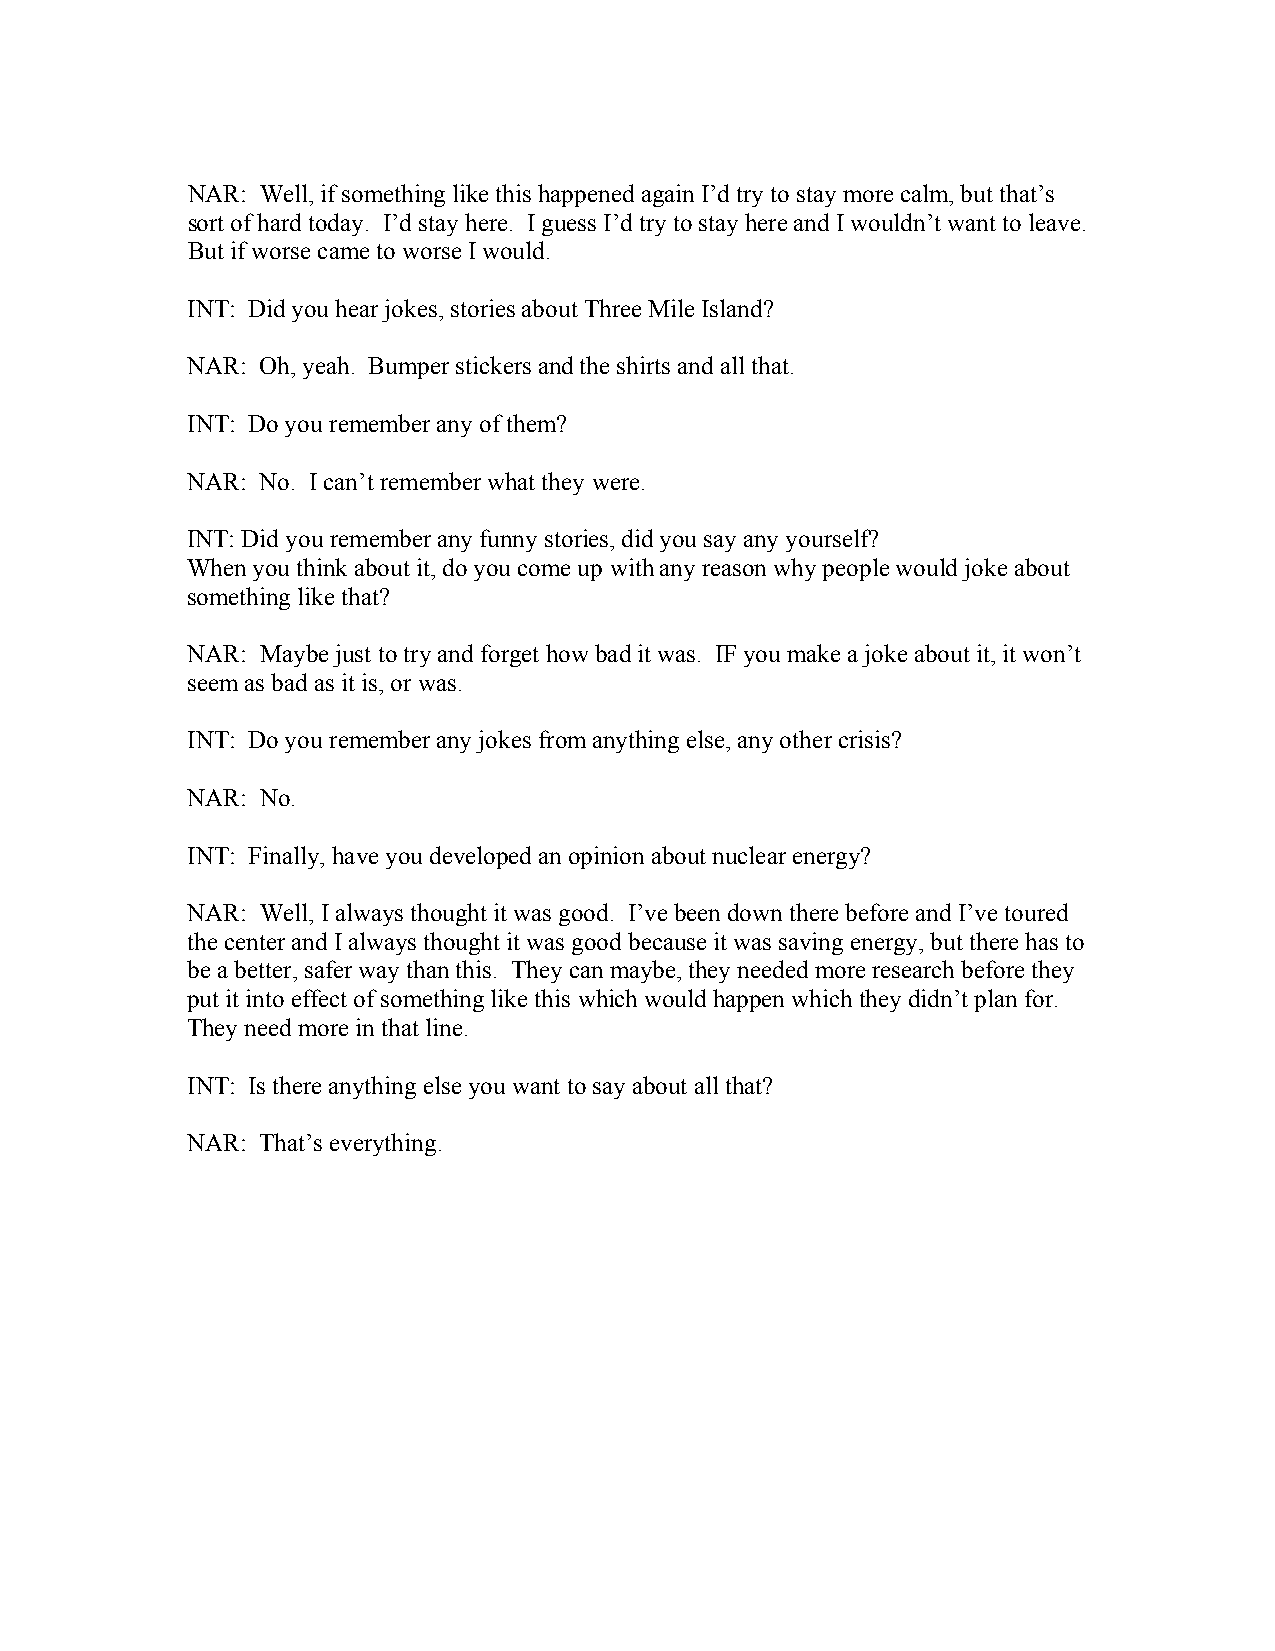
NAR: Well, if something like this happened again I’d try to stay more calm, but that’s
 sort of hard today. I’d stay here. I guess I’d try to stay here and I wouldn’t want to leave.
 But if worse came to worse I would.
 INT: Did you hear jokes, stories about Three Mile Island?
 NAR: Oh, yeah. Bumper stickers and the shirts and all that.
 INT: Do you remember any of them?
 NAR: No. I can’t remember what they were.
 INT: Did you remember any funny stories, did you say any yourself?
 When you think about it, do you come up with any reason why people would joke about
 something like that?
 NAR: Maybe just to try and forget how bad it was. IF you make a joke about it, it won’t
 seem as bad as it is, or was.
 INT: Do you remember any jokes from anything else, any other crisis?
 NAR: No.
 INT: Finally, have you developed an opinion about nuclear energy?
 NAR: Well, I always thought it was good. I’ve been down there before and I’ve toured
 the center and I always thought it was good because it was saving energy, but there has to
 be a better, safer way than this. They can maybe, they needed more research before they
 put it into effect of something like this which would happen which they didn’t plan for.
 They need more in that line.
 INT: Is there anything else you want to say about all that?
 NAR: That’s everything.